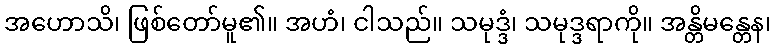
အဟောသိ၊ ဖြစ်တော်မူ၏။ အဟံ၊ ငါသည်။ သမုဒ္ဒံ၊ သမုဒ္ဒရာကို။ အန္တိမန္တေန၊